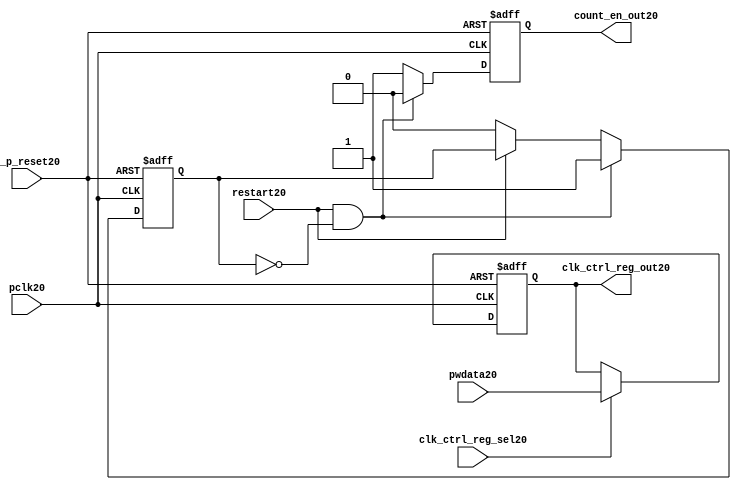
//File20 name   : ttc_count_rst_lite20.v
//Title20       : 
//Created20     : 1999
//Description20 : TTC20 counter reset block
//Notes20       : 
//----------------------------------------------------------------------
//   Copyright20 1999-2010 Cadence20 Design20 Systems20, Inc20.
//   All Rights20 Reserved20 Worldwide20
//
//   Licensed20 under the Apache20 License20, Version20 2.0 (the
//   "License20"); you may not use this file except20 in
//   compliance20 with the License20.  You may obtain20 a copy of
//   the License20 at
//
//       http20://www20.apache20.org20/licenses20/LICENSE20-2.0
//
//   Unless20 required20 by applicable20 law20 or agreed20 to in
//   writing, software20 distributed20 under the License20 is
//   distributed20 on an "AS20 IS20" BASIS20, WITHOUT20 WARRANTIES20 OR20
//   CONDITIONS20 OF20 ANY20 KIND20, either20 express20 or implied20.  See
//   the License20 for the specific20 language20 governing20
//   permissions20 and limitations20 under the License20.
//----------------------------------------------------------------------

module ttc_count_rst_lite20(

  //inputs20
  n_p_reset20,                             
  pclk20, 
  pwdata20,                                                           
  clk_ctrl_reg_sel20,
  restart20,        

  //outputs20
  count_en_out20,
  clk_ctrl_reg_out20

  );


//-----------------------------------------------------------------------------
// PORT DECLARATIONS20
//-----------------------------------------------------------------------------

   // inputs20
   input n_p_reset20;                 // Reset20 signal20
   input pclk20;                    // APB20 System20 clock20
   input [6:0] pwdata20;           // 7-Bit20 pwdata20 from APB20 interface
   input clk_ctrl_reg_sel20;        // Select20 for the clk_ctrl_reg20
   input restart20;                 // Restart20 reset from cntr_ctrl_reg20

   // outputs20
   output count_en_out20;
   output [6:0] clk_ctrl_reg_out20; // Controls20 clock20 selected


//-----------------------------------------------------------------------------
// Internal Signals20 & Registers20
//-----------------------------------------------------------------------------


   
   reg [6:0]    clk_ctrl_reg20;     //7-bit clock20 control20 register.
   
   reg          restart_var20;      //ensures20 prescaler20 reset at start of restart20 
   
   reg          count_en20;         //enable signal20 to counter

   
   wire [6:0]   clk_ctrl_reg_out20; //clock20 control20 output wire
   wire         count_en_out20;     //counter enable output
   
   
//-----------------------------------------------------------------------------
// Logic20 Section20:


//
//    p_clk_ctrl20: Process20 to implement the clk_ctrl_reg20.  
//                When20 select20 line is set then20 the data will be inserted20 to 
//                the clock20 control20 register, otherwise20 it will be equal20 to 
//                the previous value of the register, else it will be zero.
//-----------------------------------------------------------------------------

   assign clk_ctrl_reg_out20  = clk_ctrl_reg20;
   assign count_en_out20      = count_en20;


//    p_ps_counter20: counter for clock20 enable generation20.
   
   always @(posedge pclk20 or negedge n_p_reset20)
   begin: p_ps_counter20
      
      if (!n_p_reset20)
      begin
         restart_var20  <= 1'b0;
         count_en20     <= 1'b0;
      end
      else
      begin
         if (restart20 & ~restart_var20)
         begin
            restart_var20  <= 1'b1;
            count_en20     <= 1'b0;
         end 
         
         else 
           begin
              
              if (~restart20)
                 restart_var20 <= 1'b0;
              else
                 restart_var20 <= restart_var20;
                 
              count_en20     <= 1'b1;        
              
           end
      end // else: !if(!n_p_reset20)      
  
   end  //p_ps_counter20



// p_clk_ctrl20 : Process20 for writing to the clk_ctrl_reg20
   
   always @ (posedge pclk20 or negedge n_p_reset20)
   begin: p_clk_ctrl20
      
      if (!n_p_reset20)
         clk_ctrl_reg20 <= 7'h00;
      else
      begin 

         if (clk_ctrl_reg_sel20)
            clk_ctrl_reg20 <= pwdata20;
         else
            clk_ctrl_reg20 <= clk_ctrl_reg20;

      end 
      
   end  //p_clk_ctrl20

   
endmodule